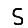
Digit: 5